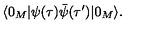
\langle 0 _ { M } | \psi ( \tau ) \bar { \psi } ( \tau ^ { \prime } ) | 0 _ { M } \rangle .